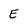
Character: E